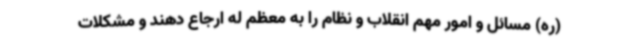
(ره) مسائل و امور مهم انقلاب و نظام را به معظم له ارجاع دهند و مشکلات